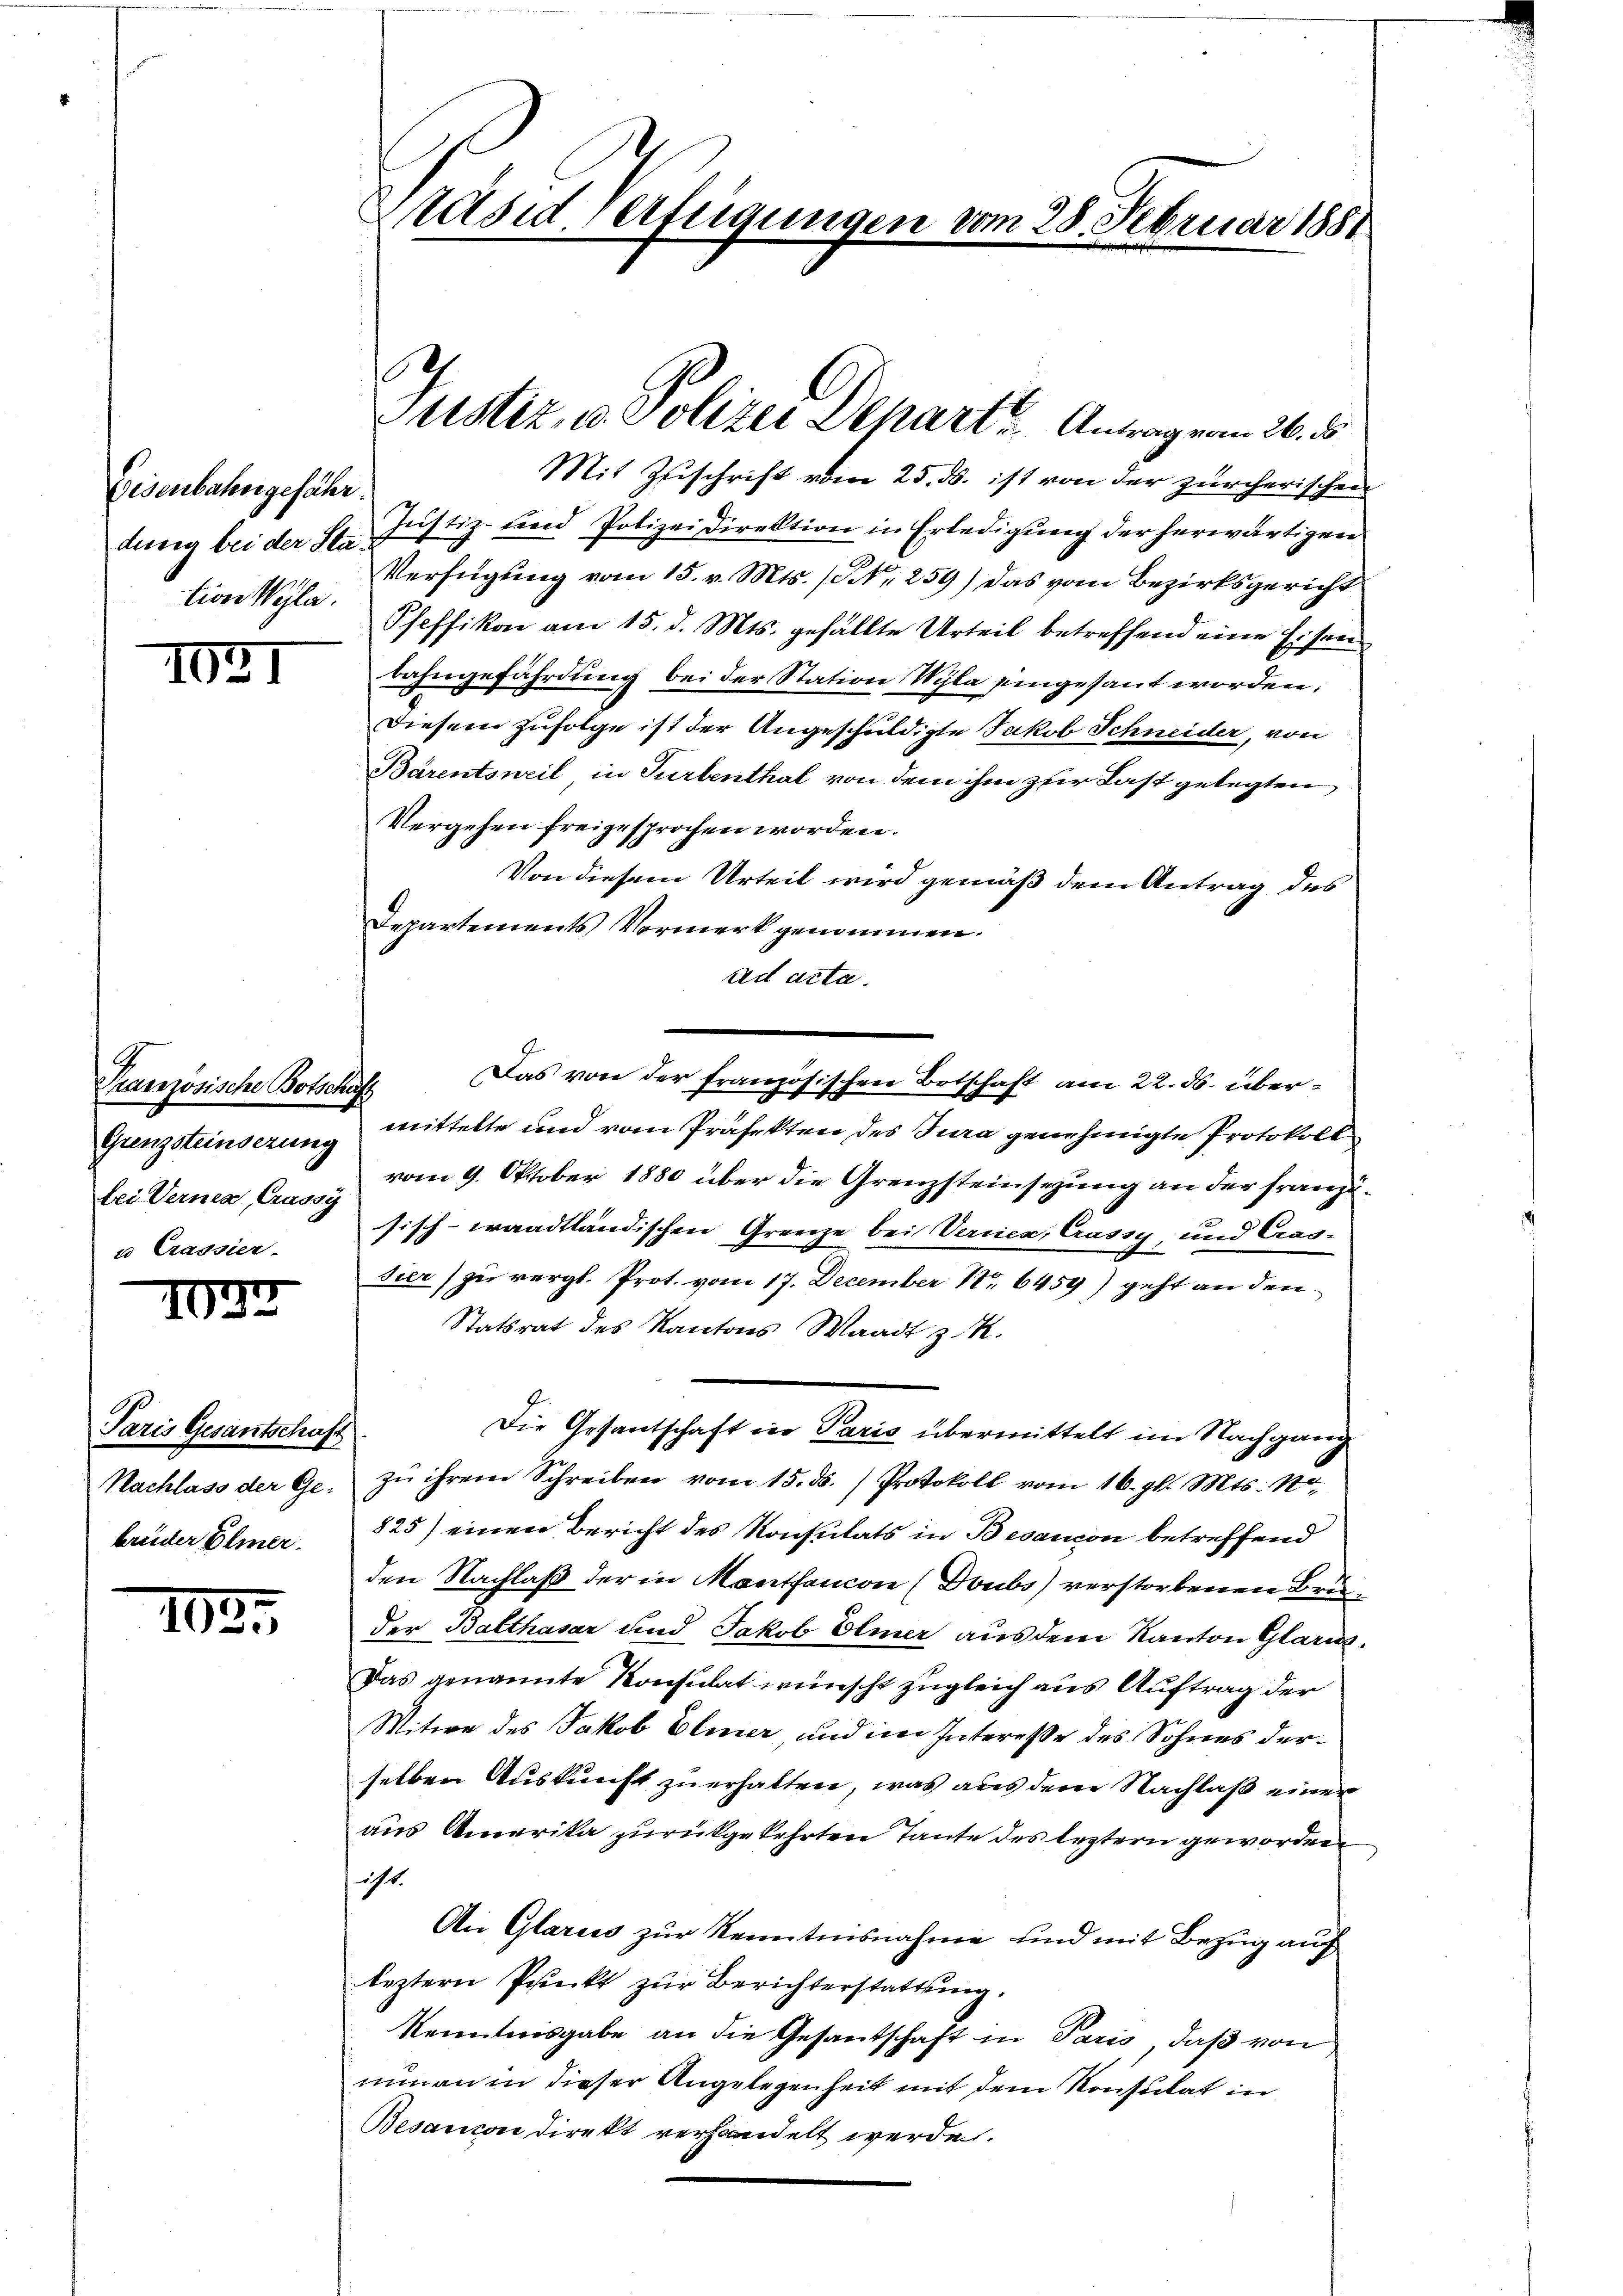
Eisenbahorgefahr.
dung bei der Station Wyla.

II2I

Pranzösische Botschaft
lei Vernea, Crassy

I03

Paris Gesantschaft
brüder Elmer.

103.

Mit Zuschrift vom 25. ds. ist von der zürcherischen
Justiz- und Polizeidirektion in Erledigung der herwärtigen
Verfügung vom 15. v. Mts. (Nr. 259) Das vom Bezirksgericht
Pfeffikon am 15. d. Mts. gefällte Urteil betreffend eine Eisen
dahngefährdung bei der Station Wyla eingesant worden,
Diesem Zufolge ist der Angeschuldigte Jakob Schneider, von
Barentsweil in Turbenthal von dem ihm zur Last gelegten,
Vergehen freigesprochen worden.
Von diesem Urteil wird gemäß dem Antrag des
Departements Vormerk genommen.
ad acta.
Das von der französischen Botschaft am 22. ds. über¬
Grenzsteinsezung mittelte und vom Präfekten des Jura genehmigte Protokoll
vom 9. Oktober 1880 über die Grenzsteinsezung an der franzusisch-waadtländischen Grenze bei Vernen, Crassy, und Cras-
sier) zu vergl. Prot. vom 17. December 1. 6459) geht an den
Statsrat des Kantons Waadt z. R.
Die Gesantschaft in Paris übermittelt im Nachgang
Nachlass der Ge- zŭ ihrem Schreiben vom 15. ds. Protokoll vom 16. gl. Mts. No-
825) einen Bericht des Konsulats in Besancon betreffend
den Nachlaß der in Montancon (Doubs verstorbenen Bruder Balthasar und Jakob Elmer aus dem Kanton Glarus
Das genannte Konsulat wünscht zugleich aus Auftrag der
Mitwe des Jakob Elmer und im Interesse des Sohnes derselben Auskunft zu erhalten, was aus dem Nachlaß einer
aus Amerika zurückgekehrten Tante des leztern geworden
ist.
An Glarus zur Kenntnisnahme und mit Bezug auf
leztern Punkt zur Berichterstattung.
Kenntnisgabe an die Gesantschaft in Paris, daß von
ninen in dieser Angelegenheit mit dem Konstitat in
Besancon Direkt verhandelt werde.

Präsid. Verfügungen vom 28. Februar 1881

Justiz, u. Polizei Dehart u Antrag vom 26. ds